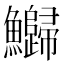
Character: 𬵻